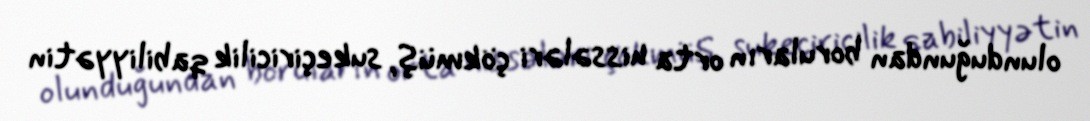
olunduğundan boruların orta hissələri çökmüş, sukeçiricilik qabiliyyətin